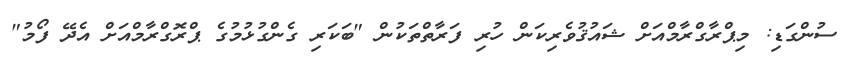
ސުންގަޑި: މިޕްރާގްރާމްއަށް ޝައުޤުވެރިކަން ހުރި ފަރާތްތަކުން "ބަކަރި ގެންގުޅުމުގެ ޕްރޮގްރާމްއަށް އެދޭ ފޯމު"